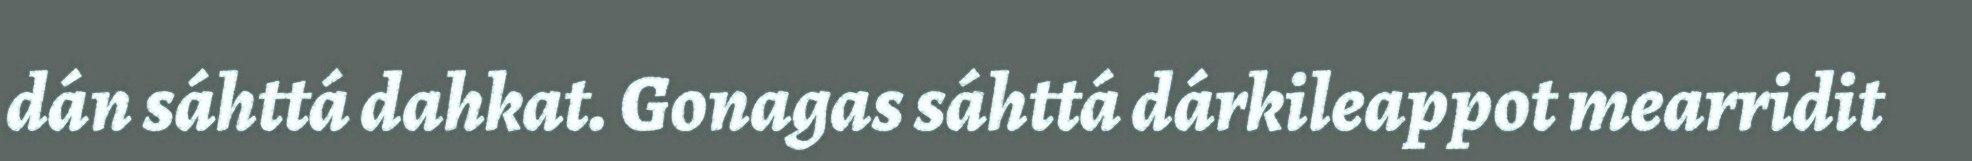
dán sáhttá dahkat. Gonagas sáhttá dárkileappot mearridit